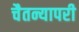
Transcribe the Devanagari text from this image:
चैतन्यापरी